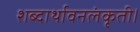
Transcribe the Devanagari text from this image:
शब्दार्थावनलंकृती।